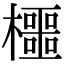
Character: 櫮